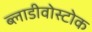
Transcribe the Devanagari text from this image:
ब्लाडीवोस्टोक